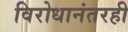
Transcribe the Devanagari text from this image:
विरोधानंतरही